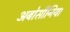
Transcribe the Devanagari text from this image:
अबोसीनिया